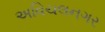
અવિચલનગર